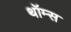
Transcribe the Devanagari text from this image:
थॉम्स